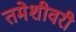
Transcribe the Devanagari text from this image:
तमेशीवरी